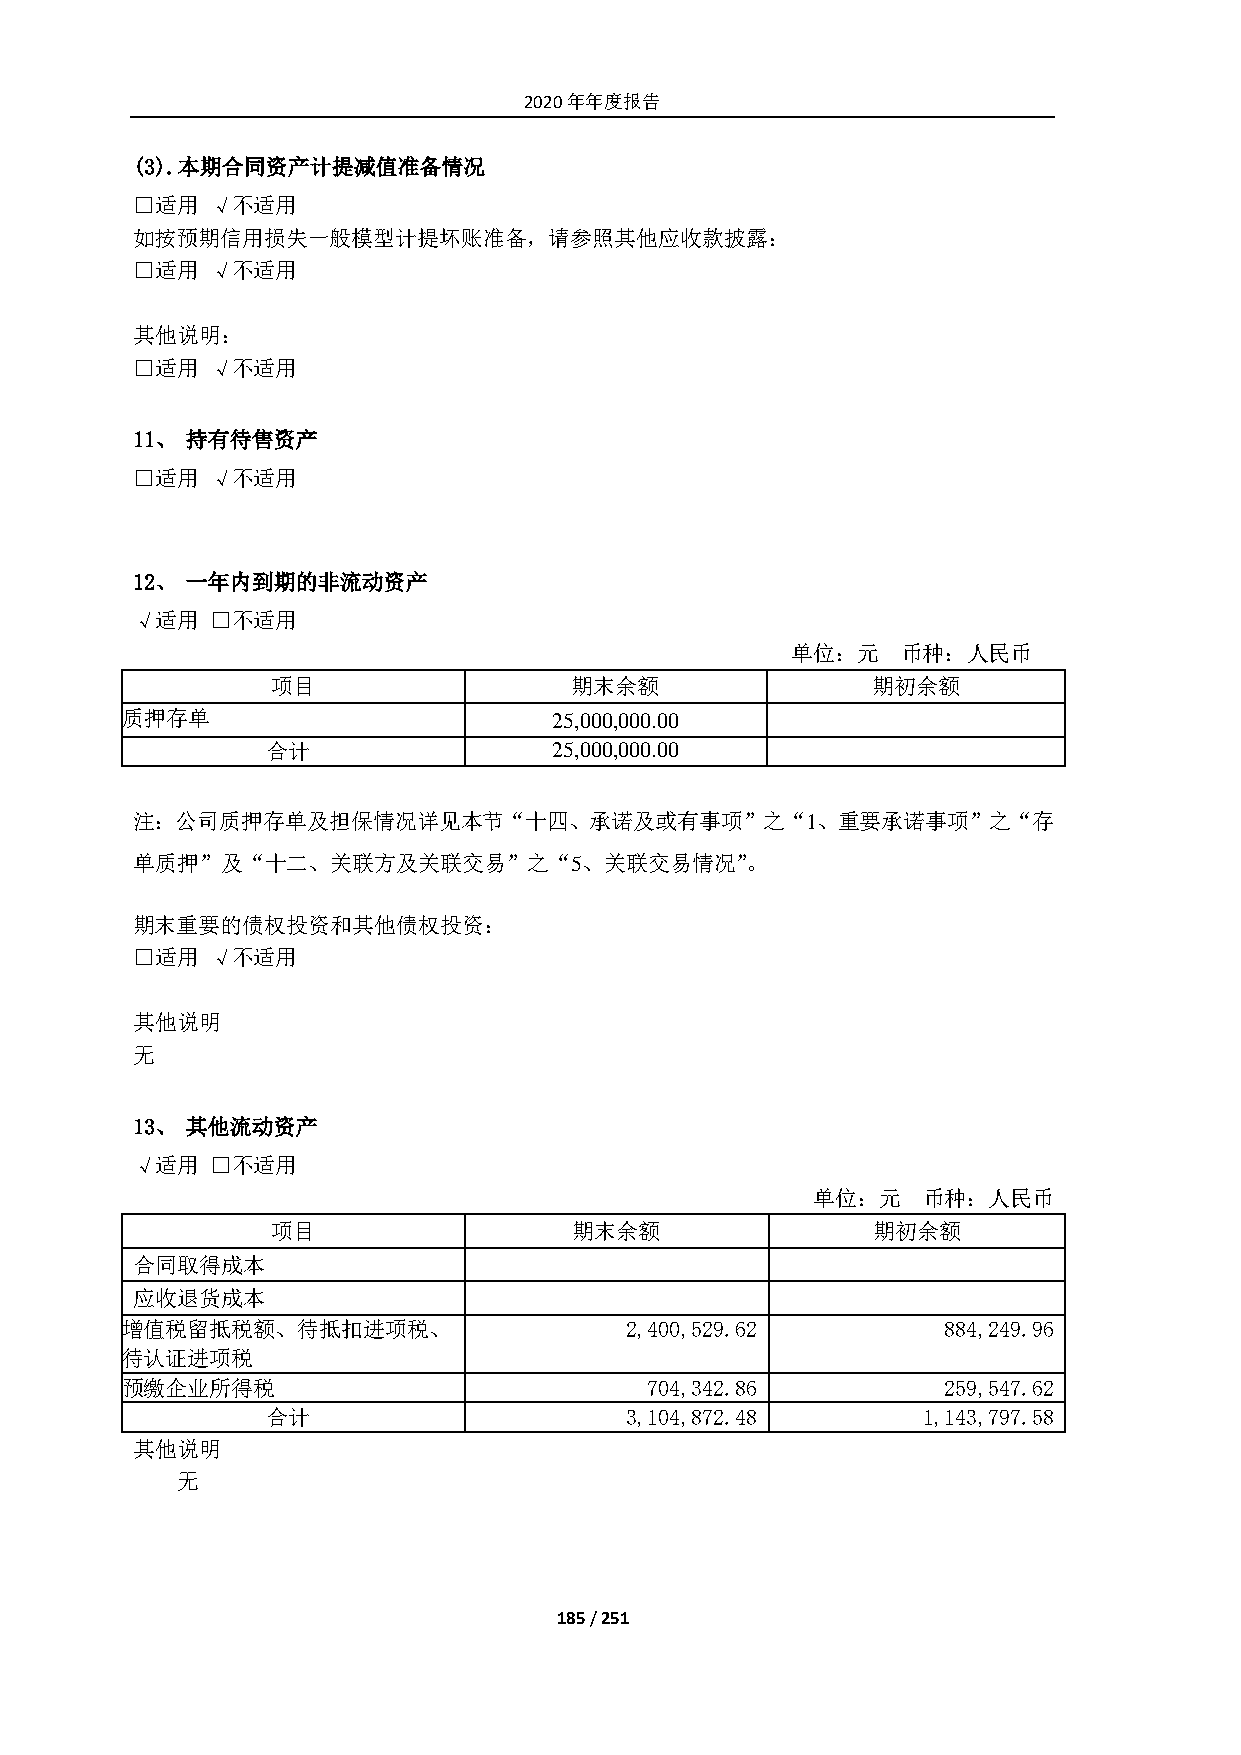
2020年年度报告
 (3). 本期合同资产计提减值准备情况
 □适用  √不适用
 如按预期信用损失一般模型计提坏账准备，请参照其他应收款披露：
 □适用  √不适用
 其他说明：
 □适用  √不适用
 11、 持有待售资产
 □适用  √不适用
 12、 一年内到期的非流动资产
 √适用  □不适用
 单位：元    币种：人民币
 项目                  期末余额                期初余额
 质押存单                         25,000,000.00
 合计                 25,000,000.00
 注：公司质押存单及担保情况详见本节“十四、承诺及或有事项”之“1、重要承诺事项”之“存
 单质押”及“十二、关联方及关联交易”之“5、关联交易情况”。
 期末重要的债权投资和其他债权投资：
 □适用  √不适用
 其他说明
 无
 13、 其他流动资产
 √适用  □不适用
 单位：元   币种：人民币
 项目                  期末余额                期初余额
 合同取得成本
 应收退货成本
 增值税留抵税额、待抵扣进项税、                  2,400,529.62         884,249.96
 待认证进项税
 预缴企业所得税                            704,342.86         259,547.62
 合计                     3,104,872.48        1,143,797.58
 其他说明
 无
 185 / 251